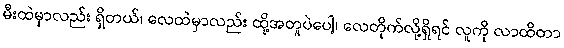
မီးထဲမှာလည်း ရှိတယ်၊ လေထဲမှာလည်း ထို့အတူပဲပေါ့၊ လေတိုက်လို့ရှိရင် လူကို လာထိတာ